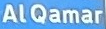
AlQamar